NAE_ERA_R-2632_ENSV_TA_Emakeele_Selts_1945-1955, lk 3
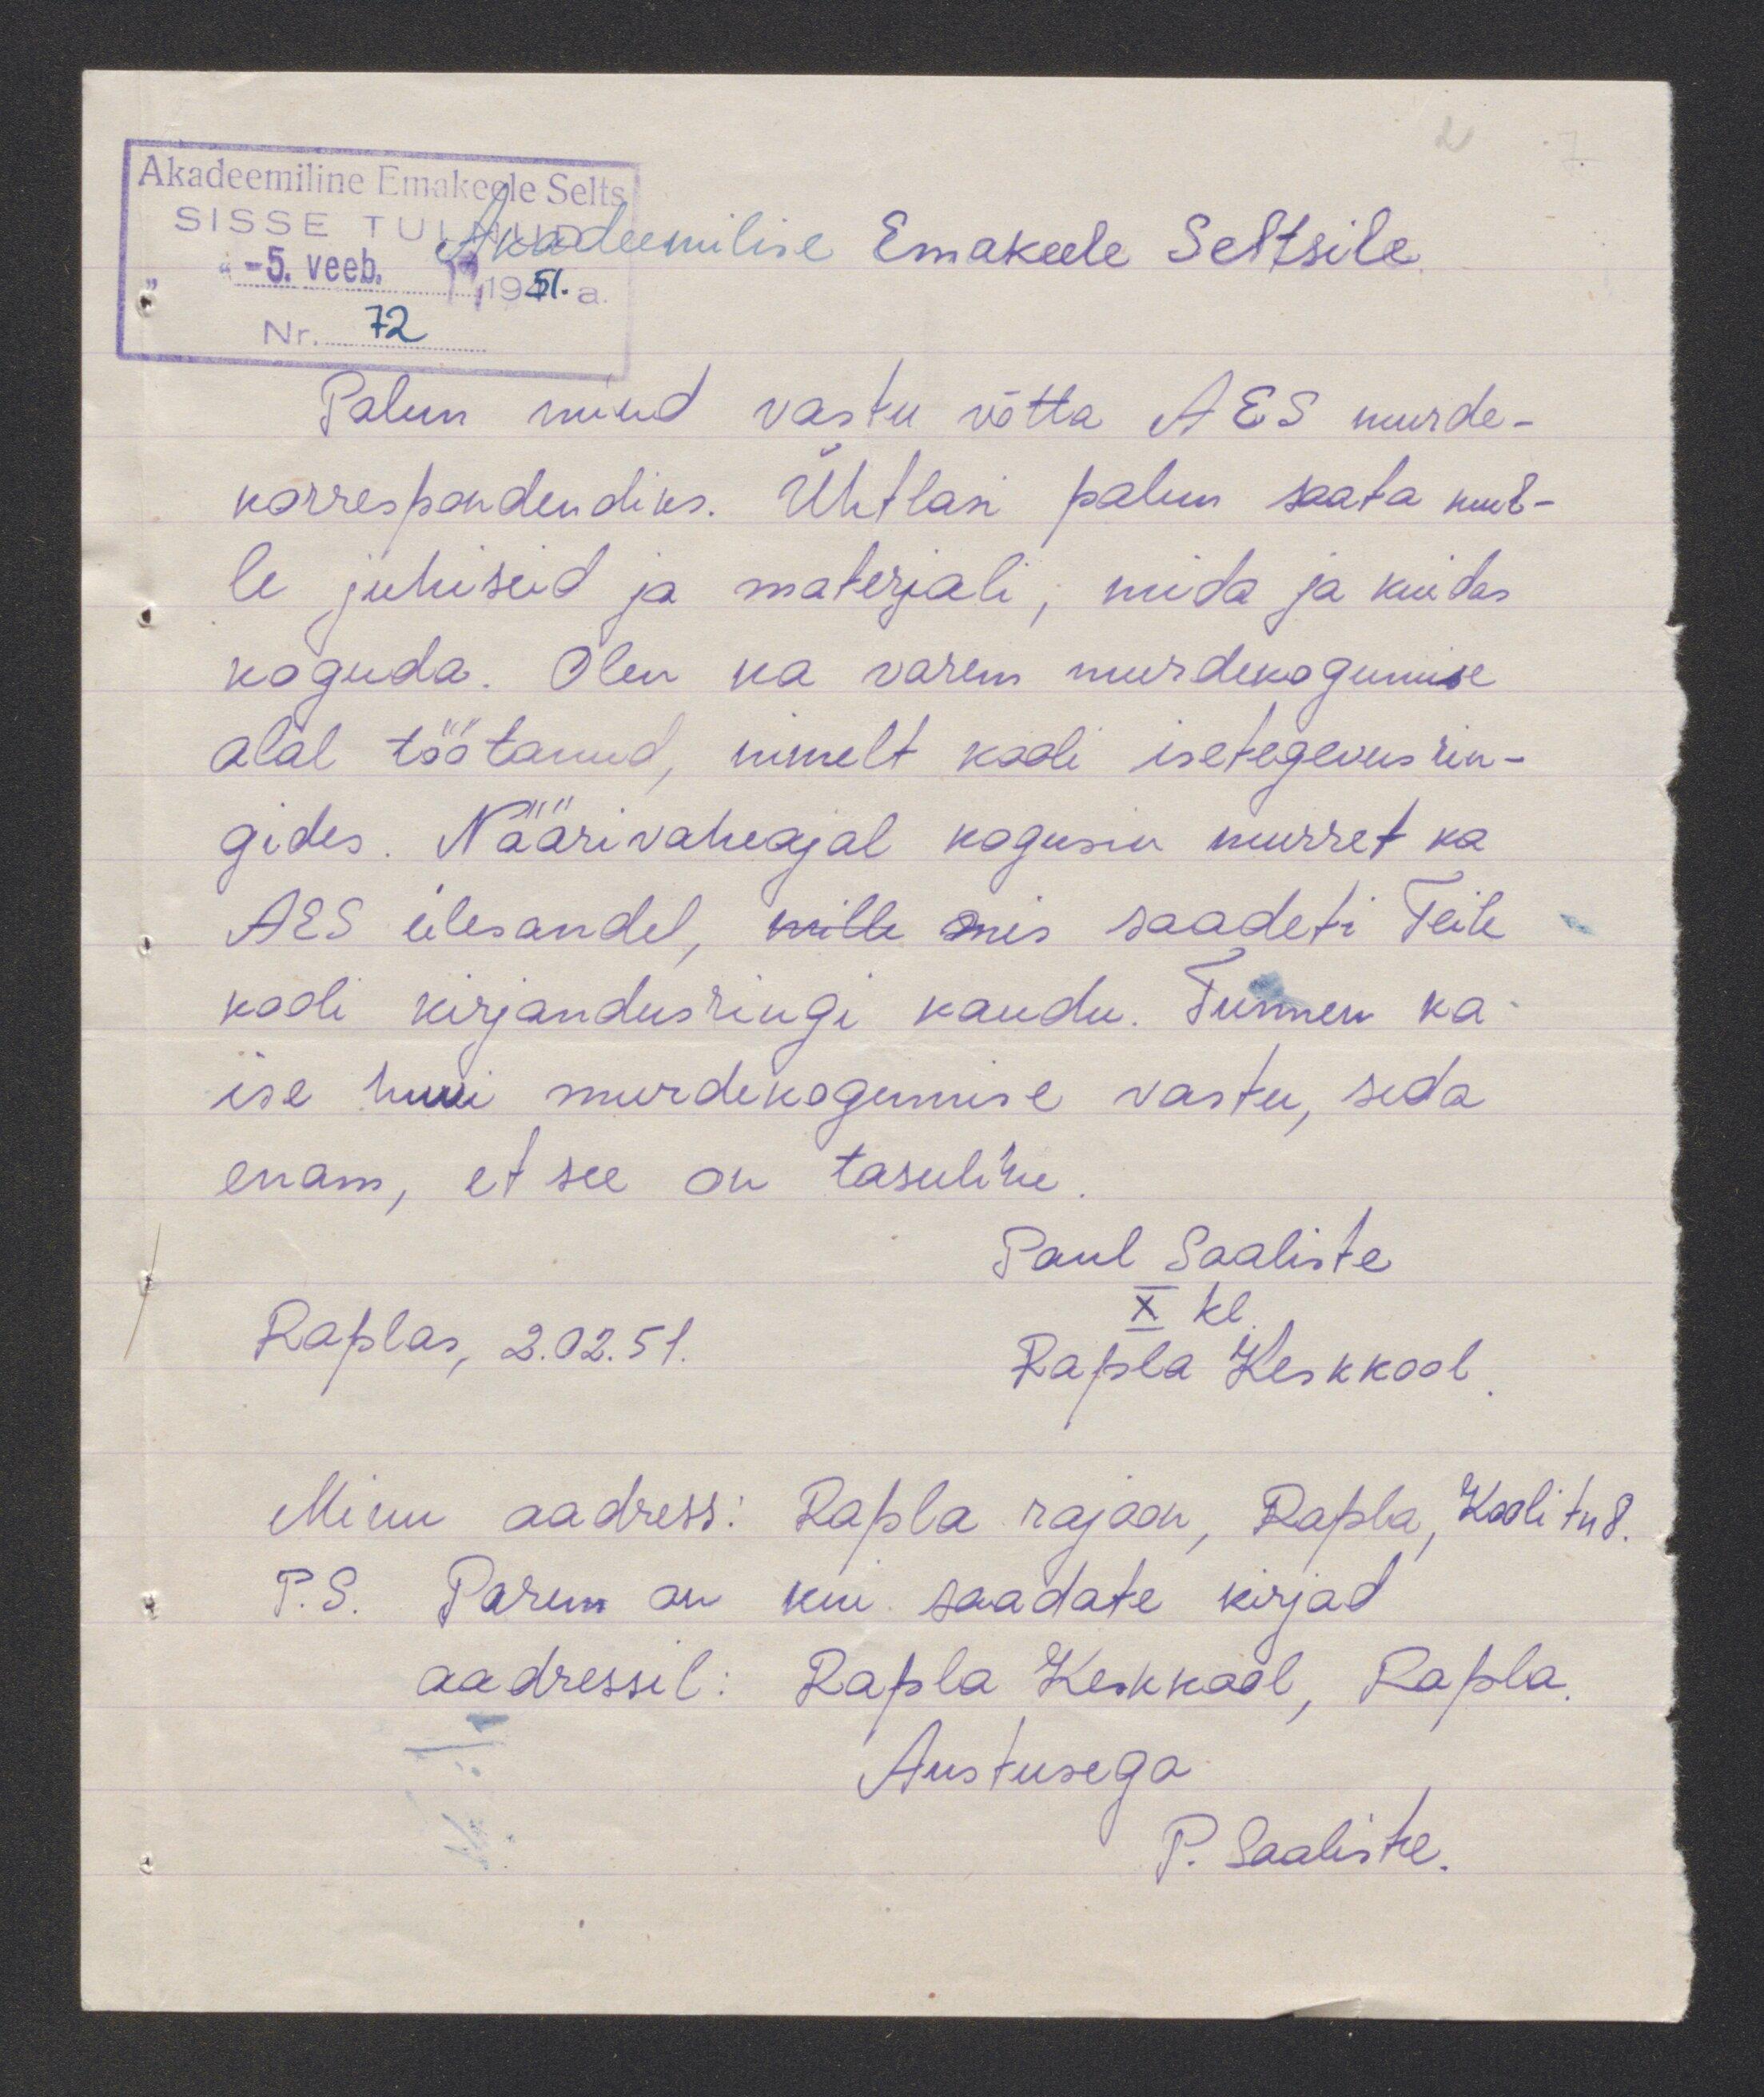
Palun mind vastu võtta AES murde-
korrespondendiks. Ühtlasi palun saata mul-
le juhiseid ja materjali, mida ja kuidas
koguda. Olen ka varem murdekogumise
alal töötanud, nimelt kooli isetegevus rin-
gides. Näärivaheajal kogusin murret ka
AES ülesandel, mille mis saadeti teile
kooli kirjandusringi kaudu. Tunnen ka
ise huvi murdekogumise vastu, seda
enam, et see on tasuline
Paul Saaliste
X kl
Raplas, 2.02.51.
Rapla Keskkool
Minu aadress: Rapla rajoon, Rapla Kooli tn 8.
P. S. Parem on kui saadate kirjad
aadressil: Rapla Keskkool, Rapla.
Austusega
P. Saaliste.